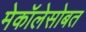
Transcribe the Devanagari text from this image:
मेकॉलेसोबत